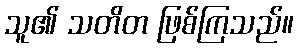
သူ၏ သတိတ ဖြစ်ကြသည်။